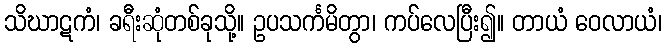
သိဃာဋကံ၊ ခရီးဆုံတစ်ခုသို့။ ဥပသင်္ကမိတွာ၊ ကပ်လေပြီး၍။ တာယံ ဝေလာယံ၊